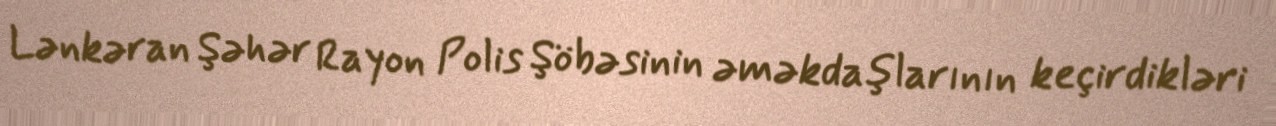
Lənkəran Şəhər Rayon Polis Şöbəsinin əməkdaşlarının keçirdikləri